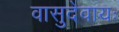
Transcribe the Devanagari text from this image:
वासुदेवायः